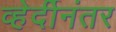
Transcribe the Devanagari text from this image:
व्हेर्दीनंतर